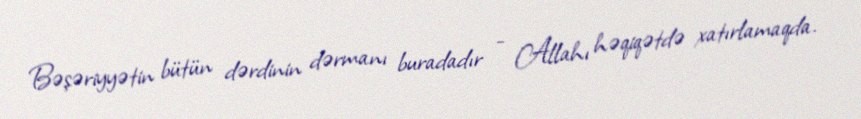
Bəşəriyyətin bütün dərdinin dərmanı buradadır - Allahı həqiqətdə xatırlamaqda.